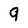
Character: 9